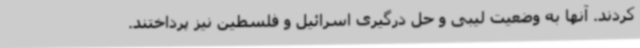
کردند. آنها به وضعیت لیبی و حل درگیری اسرائیل و فلسطین نیز پرداختند.